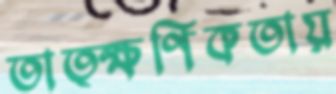
তাত্ক্ষণিকতায়